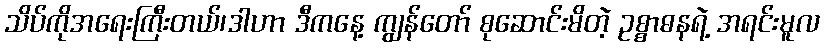
သိပ်ကိုအရေးကြီးတယ်၊ဒါဟာ ဒီကနေ့ ကျွန်တော် စုဆောင်းမိတဲ့ ဥစ္စာဓနရဲ့ အရင်းမူလ